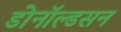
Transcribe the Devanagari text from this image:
डोनॉल्डसन